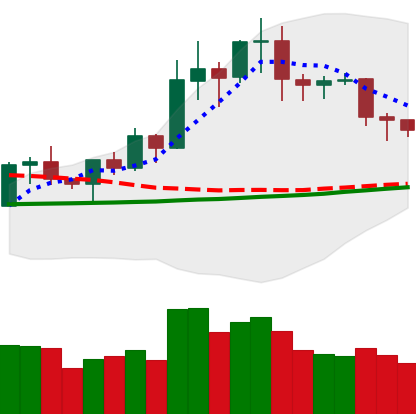
Ticker: NEO-USD
Chart end date: 2020-01-25
Forward return: 13.16%
Label: up_7plus